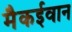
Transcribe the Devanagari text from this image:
मैकईवान